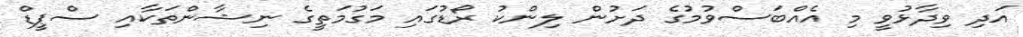
އަދި ވިދާޅުވީ މި އެއްބަސްވުމުގެ ދަށުން ލިންކު ރޯޑުގައި މަގުމަތީގެ ނިޝާންތަކާއި ސްޕީޑް